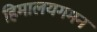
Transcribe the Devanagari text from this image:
हिमालयगमन